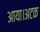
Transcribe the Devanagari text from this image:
आया।अटक